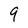
Character: 9